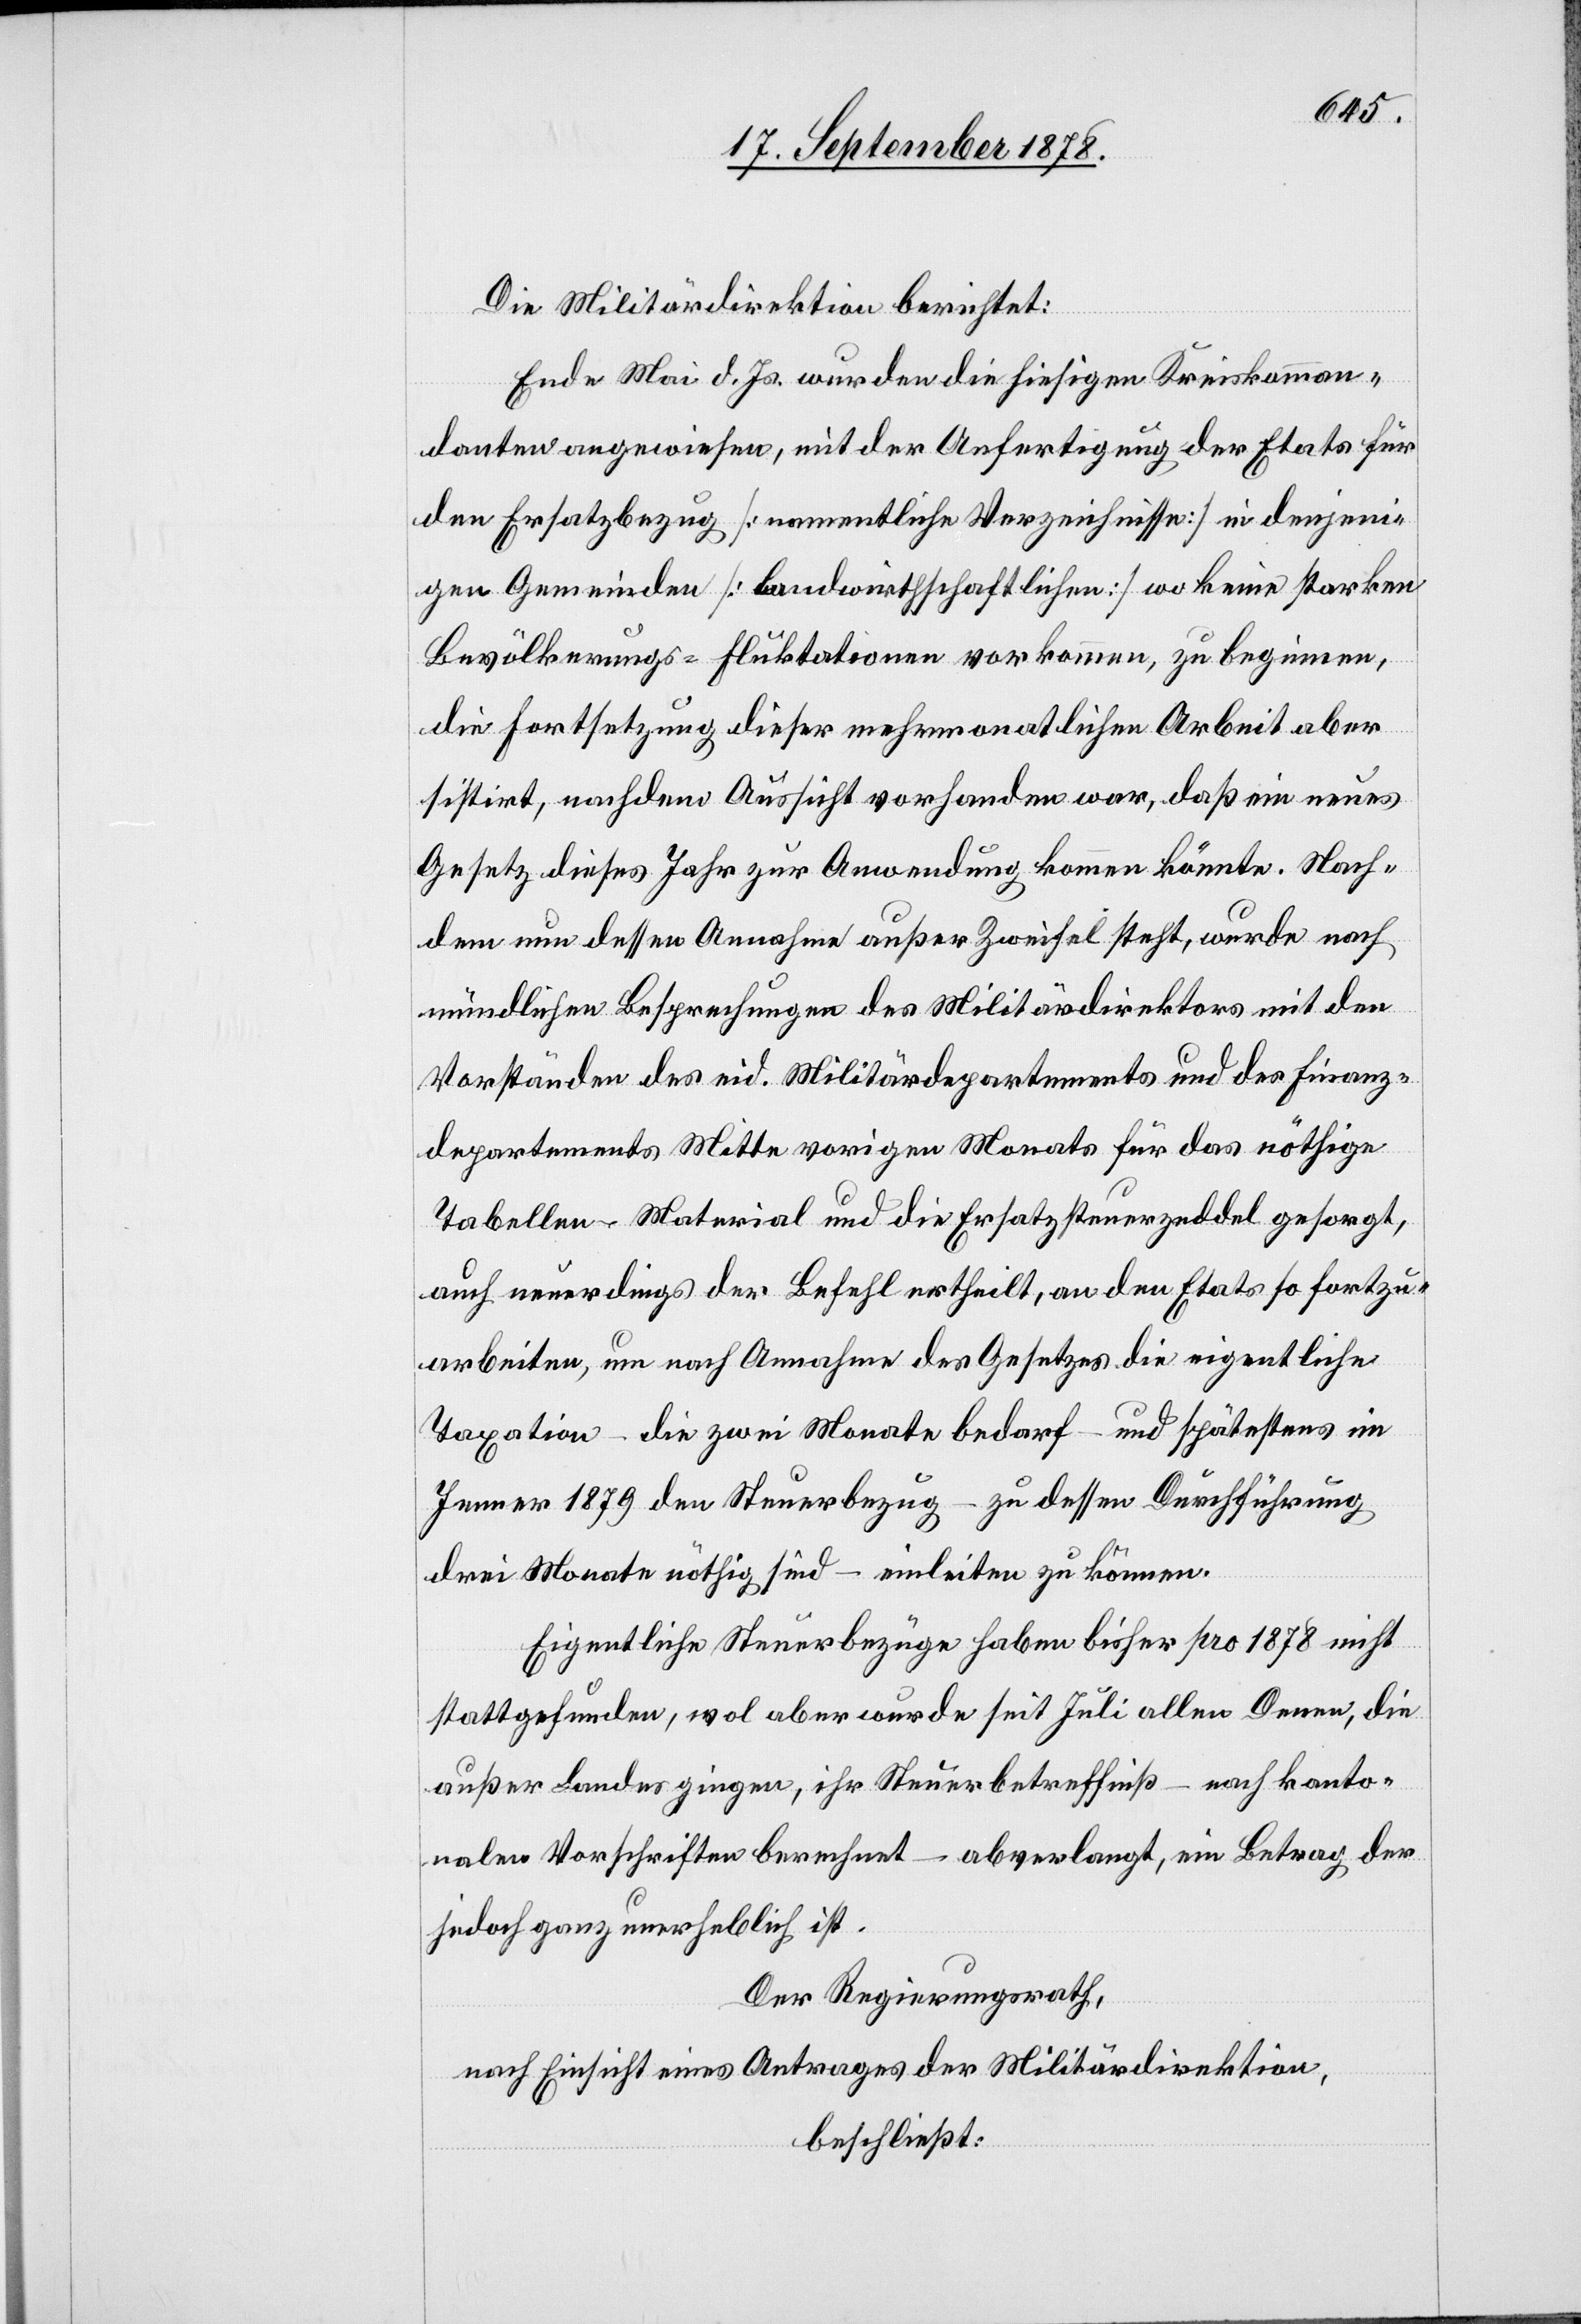
Die Militärdirektion berichtet:
Ende Mai d. Js. wurden die hiesigen Kreiskomman¬
danten angewiesen, mit der Anfertigung der Etats für
en Ersatzbezug [namentliche Verzeichnisse] in denjeni¬
gen Gemeinden [landwirthschaftlichen] wo keine starken
Bevölkerungs-Fluktationen vorkommen, zu beginnen,
die Fortsetzung dieser mehrmonatlichen Arbeit aber
sistirt, nachdem Aussicht vorhanden war, daß ein neues
Gesetz dieses Jahr zur Anwendung kommen könnte. Nach¬
dem nun dessen Annahme außer Zweifel steht, wurde nach
mündlichen Besprechungen des Militärdirektors mit den
Vorständen des eid. Militärdepartements und des Finanz¬
departements Mitte vorigen Monats für das nöthige
Tabellen-Material und die Ersatzsteuerzeddel gesorgt,
auch neuerdings der Befehl ertheilt, an den Etats so fortzu¬
arbeiten, um nach Annahme des Gesetzes die eigentliche
Taxation – die zwei Monate bedarf – und spätestens im
Jenner 1879 den Steuerbezug – zu dessen Durchführung
drei Monate nöthig sind – einleiten zu können.
Eigentliche Steuerbezüge haben bisher pro 1878 nicht
stattgefunden, wol aber wurde seit Juli allen Denen, die
außer Landes gingen, ihr Steuerbetreffniß – nach kanto¬
nalen Vorschriften berechnet – abverlangt, ein Betrag der
jedoch ganz unerheblich ist.
Der Regierungsrath,
nach Einsicht eines Antrages der Militärdirektion,
beschließt: